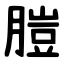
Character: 䐩